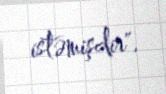
istəmişdir".